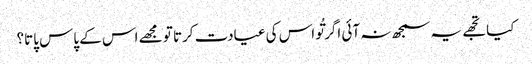
کیا تجھے یہ سمجھ نہ آئی اگر تُو اس کی عیادت کرتا تو مجھے اس کے پاس پاتا؟